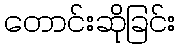
တောင်းဆိုခြင်း